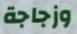
وزجاجة